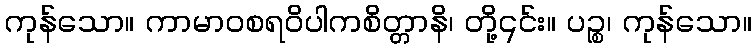
ကုန်သော။ ကာမာဝစရဝိပါကစိတ္တာနိ၊ တို့၎င်း။ ပဉ္စ၊ ကုန်သော။